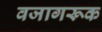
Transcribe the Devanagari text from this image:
वजागरूक